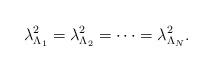
LaTeX: \begin{align*}\lambda^2_{\Lambda_1} = \lambda^2_{\Lambda_2} = \dots = \lambda^2_{\Lambda_N}.\end{align*}